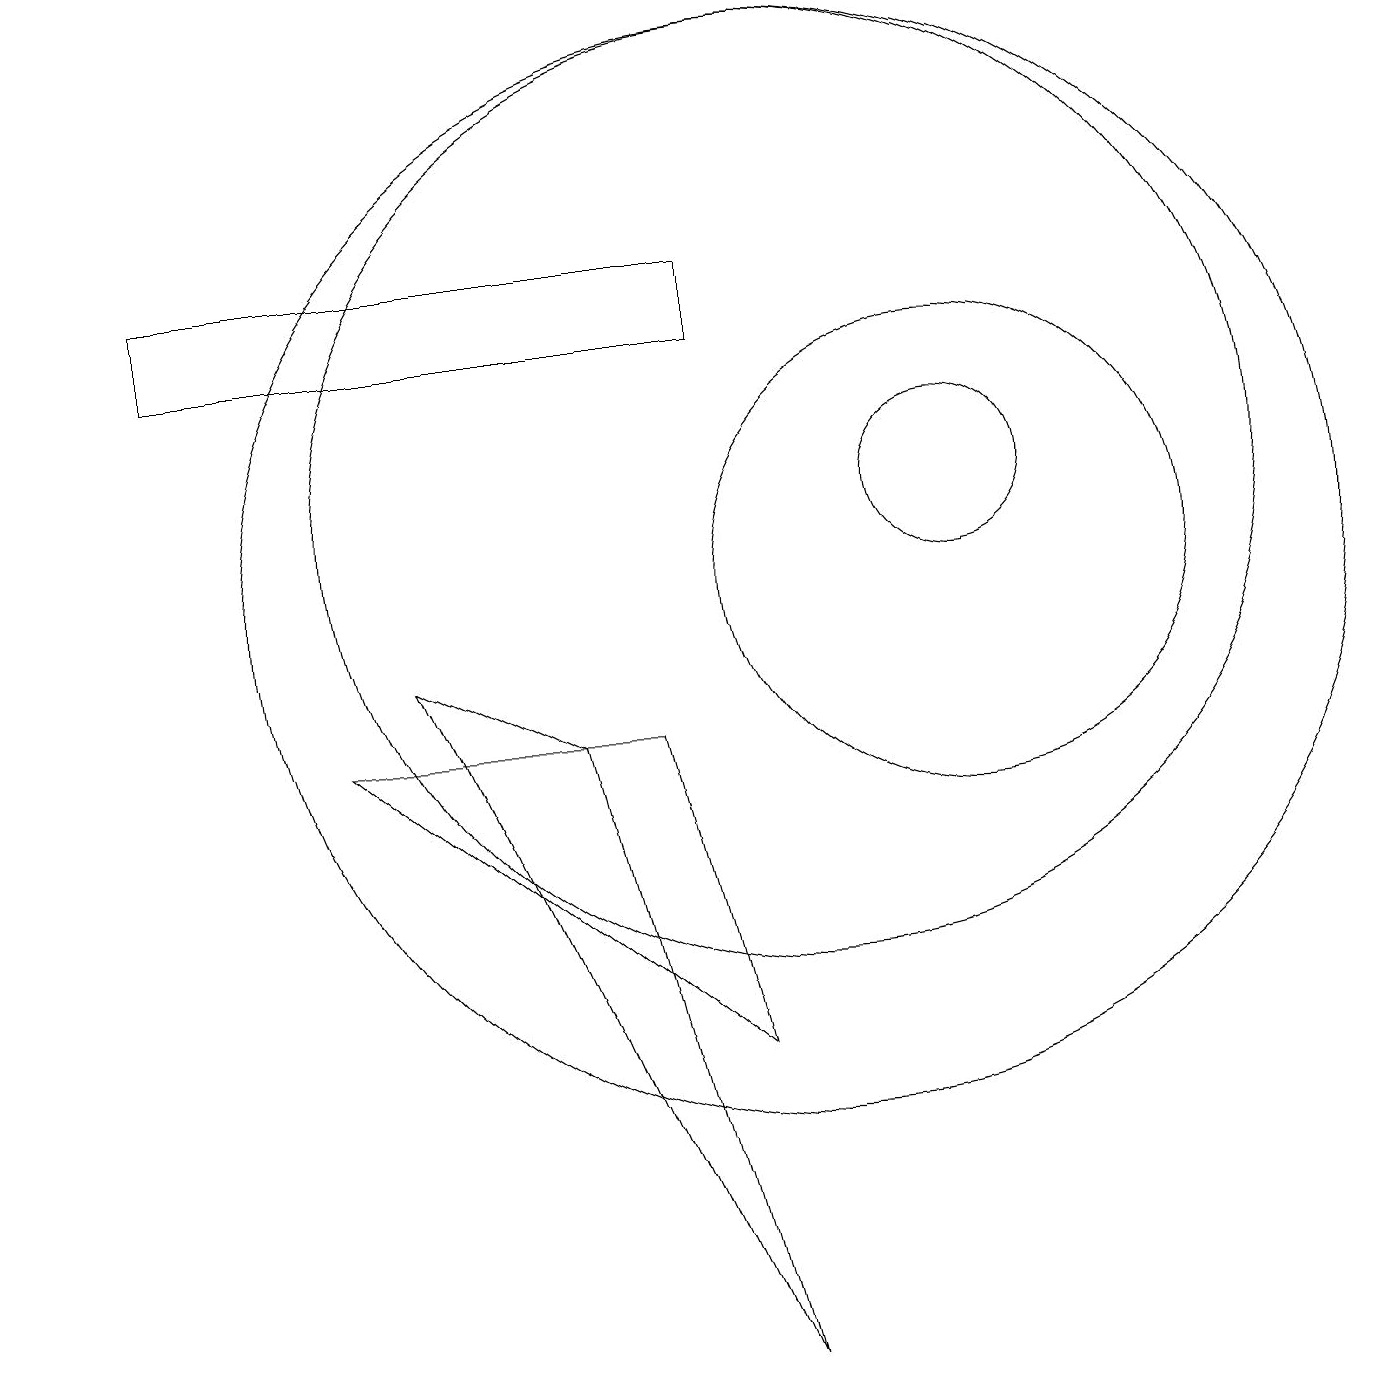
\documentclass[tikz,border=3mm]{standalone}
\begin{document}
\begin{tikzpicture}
\draw (12,11) circle (1);
\draw (7,8) -- (5,9) -- (9,0) -- cycle;
\draw (10,10) circle (7);
\draw (12,10) circle (3);
\draw (10,11) circle (6);
\draw (0,14) rectangle (0,17);
\draw (9,14) rectangle (2,13);
\draw (8,8) -- (4,8) -- (9,4) -- cycle;
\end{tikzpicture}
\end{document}